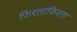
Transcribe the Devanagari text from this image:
फिरताफिरता